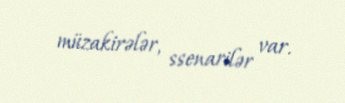
müzakirələr, ssenarilər var.